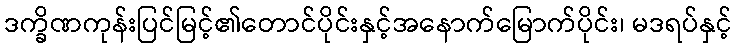
ဒက္ခိဏကုန်းပြင်မြင့်၏တောင်ပိုင်းနှင့်အနောက်မြောက်ပိုင်း၊ မဒရပ်နှင့်